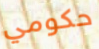
حكومي